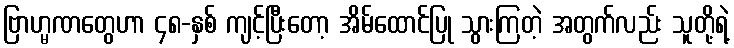
ဗြာဟ္မဏတွေဟာ ၄၈-နှစ် ကျင့်ပြီးတော့ အိမ်ထောင်ပြု သွားကြတဲ့ အတွက်လည်း သူတို့ရဲ့